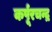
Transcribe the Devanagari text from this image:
कर्पूरचन्द्र